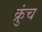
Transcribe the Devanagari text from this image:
क्रुंच